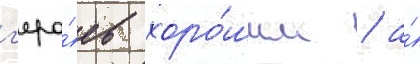
г'еро́ев хоро́шим / а́